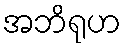
အဘိရုဟ